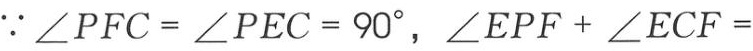
$\because \angle PFC = \angle PEC = 90^{\circ}, \angle EPF + \angle ECF =$